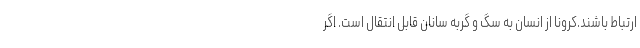
ارتباط باشند.کرونا از انسان به سگ و گربه سانان قابل انتقال است. اگر